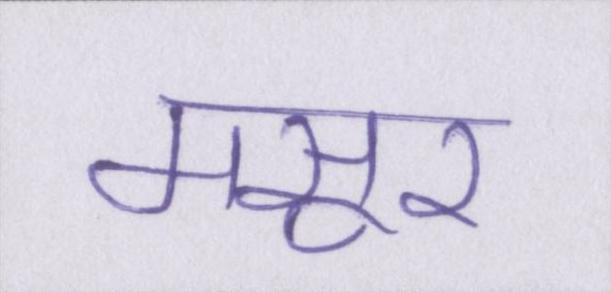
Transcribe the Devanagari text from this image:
मसूर